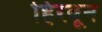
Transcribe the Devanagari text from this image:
हिरवून